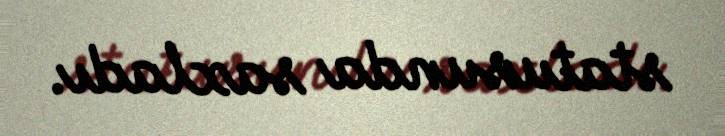
statusunda saxladı.